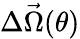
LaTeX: \Delta\vec{\Omega}(\theta)